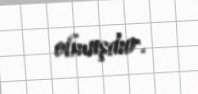
olmuşdur.